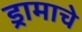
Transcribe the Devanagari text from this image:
ड्रामाचे